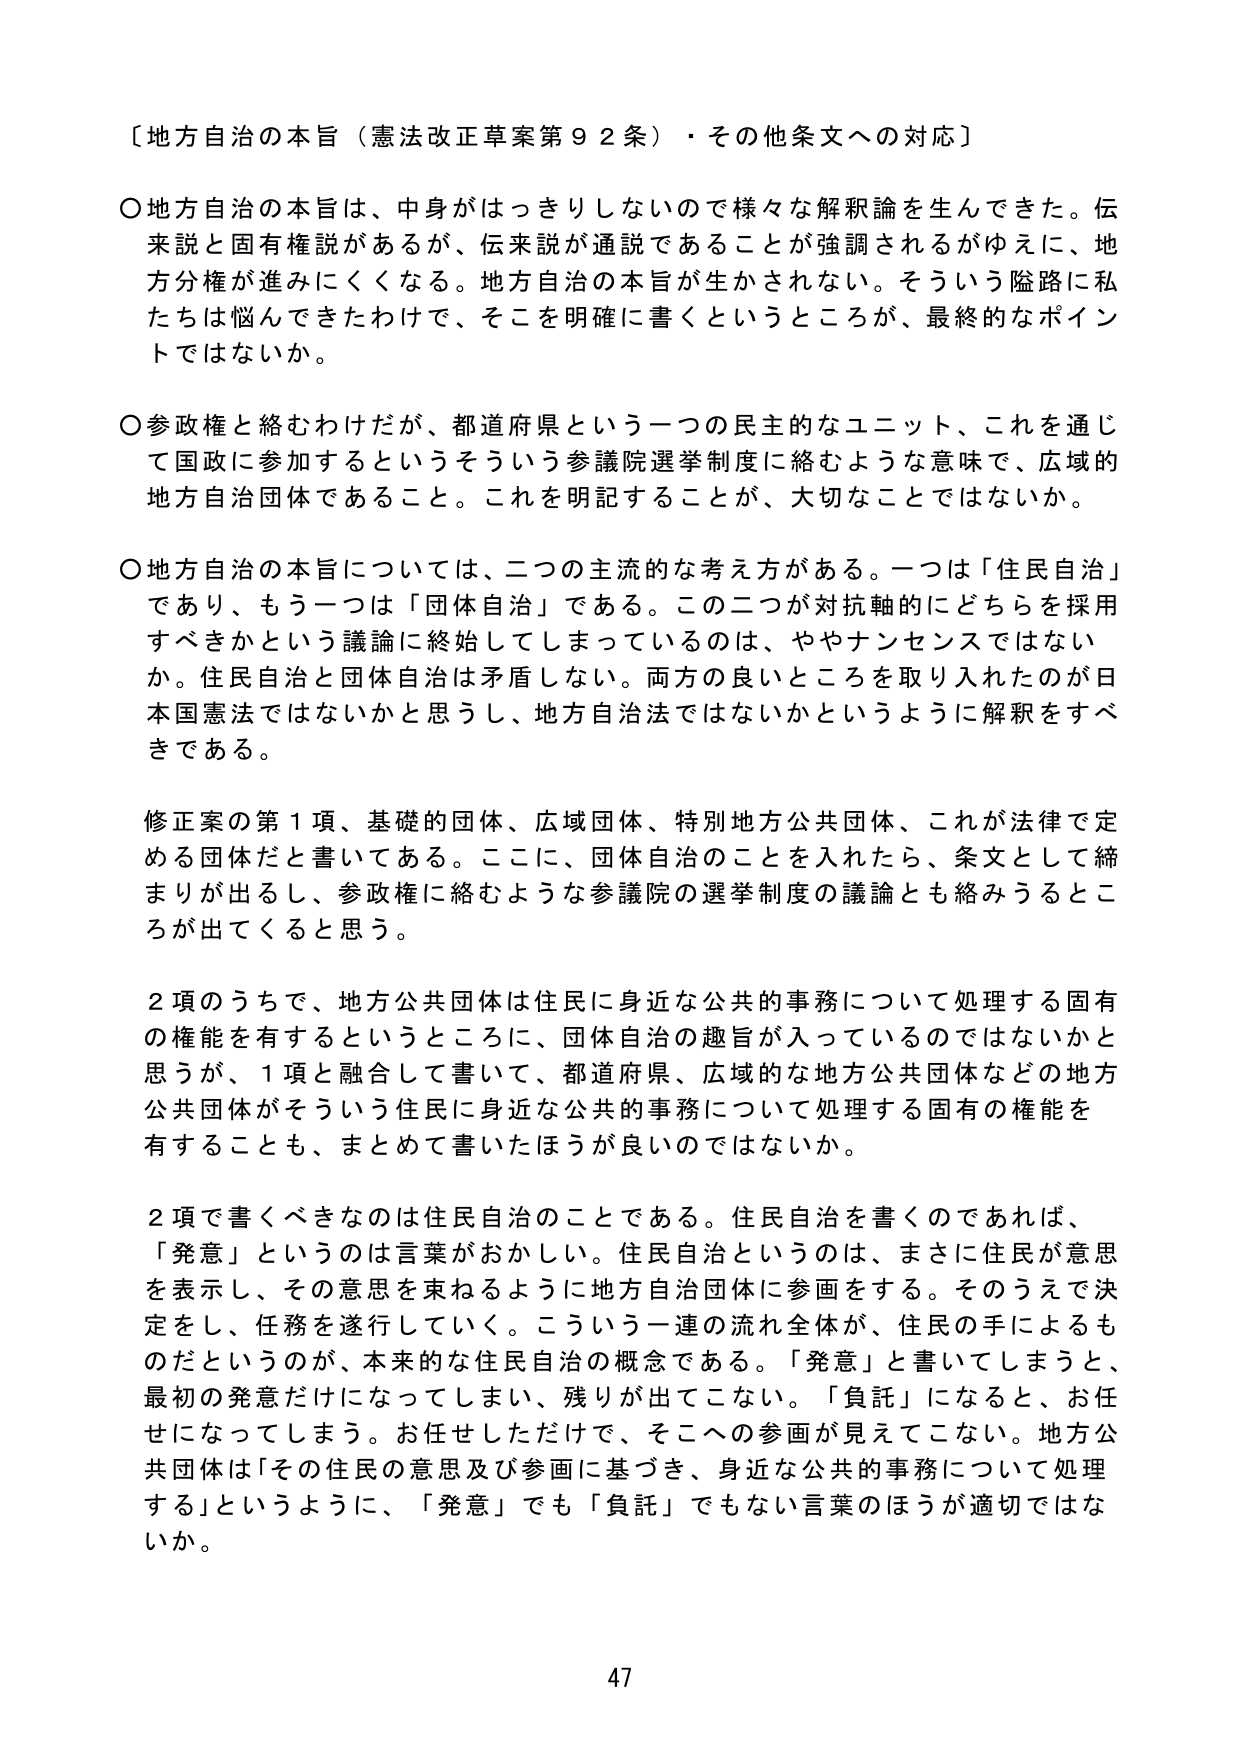
〔地方自治の本旨（憲法改正草案第９２条）・その他条文への対応〕

○地方自治の本旨は、中身がはっきりしないので様々な解釈論を生んできた。伝来説と固有権説があるが、伝来説が通説であることが強調されるがゆえに、地方分権が進みにくくなる。地方自治の本旨が生かされない。そういう隘路に私たちは悩んできたわけで、そこを明確に書くというところが、最終的なポイントではないか。

○参政権と絡むわけだが、都道府県という一つの民主的なユニット、これを通じて国政に参加するというそういう参議院選挙制度に絡むような意味で、広域的地方自治団体であること。これを明記することが、大切なことではないか。

○地方自治の本旨については、二つの主流的な考え方がある。一つは「住民自治」であり、もう一つは「団体自治」である。この二つが対抗軸的にどちらを採用すべきかという議論に終始してしまっているのは、ややナンセンスではないか。住民自治と団体自治は矛盾しない。両方の良いところを取り入れたのが日本国憲法ではないかと思うし、地方自治法ではないかというように解釈をすべきである。

修正案の第１項、基礎的団体、広域団体、特別地方公共団体、これが法律で定める団体だと書いてある。ここに、団体自治のことを入れたら、条文として締まりが出るし、参政権に絡むような参議院の選挙制度の議論とも絡みうるところが出てくると思う。

２項のうちで、地方公共団体は住民に身近な公共的事務について処理する固有の権能を有するというところに、団体自治の趣旨が入っているのではないかと思うが、１項と融合して書いて、都道府県、広域的な地方公共団体などの地方公共団体がそういう住民に身近な公共的事務について処理する固有の権能を有することも、まとめて書いたほうが良いのではないか。

２項で書くべきなのは住民自治のことである。住民自治を書くのであれば、「発意」というのは言葉がおかしい。住民自治というのは、まさに住民が意思を表示し、その意思を束ねるように地方自治団体に参画する。そのうえで決定をし、任務を遂行していく。こういう一連の流れ全体が、住民の手によるものだというのが、本来的な住民自治の概念である。「発意」と書いてしまうと、最初の発意だけになってしまい、残りが出てこない。「負託」になると、お任せになってしまう。お任せしただけで、そこへの参画が見えてこない。地方公共団体は「その住民の意思及び参画に基づき、身近な公共的事務について処理する」というように、「発意」でも「負託」でもない言葉のほうが適切ではないか。

47